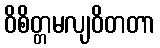
ဝိစိတ္တမလျဝိတတာ